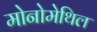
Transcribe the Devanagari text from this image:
मोनोमेथिल